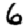
Digit: 6